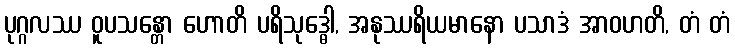
ပုဂ္ဂလဿ ဝူပသန္တော ဟောတိ ပရိသုဒ္ဓေါ, အနုဿရိယမာနော ပသာဒံ အာဝဟတိ, တံ တံ